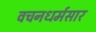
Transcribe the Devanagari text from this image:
वचनधर्मसार